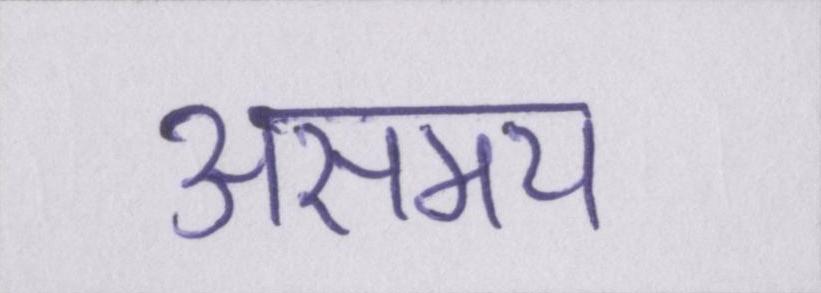
असमय